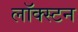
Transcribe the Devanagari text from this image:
लॉक्स्टन